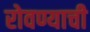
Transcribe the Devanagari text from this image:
रोवण्याची